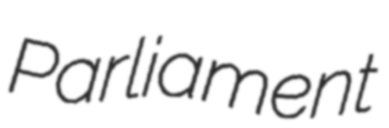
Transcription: Parliament